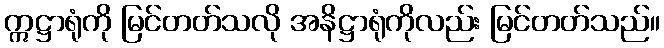
ဣဋ္ဌာရုံကို မြင်တတ်သလို အနိဋ္ဌာရုံကိုလည်း မြင်တတ်သည်။